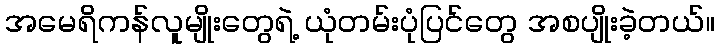
အမေရိကန်လူမျိုးတွေရဲ့ ယုံတမ်းပုံပြင်တွေ အစပျိုးခဲ့တယ်။